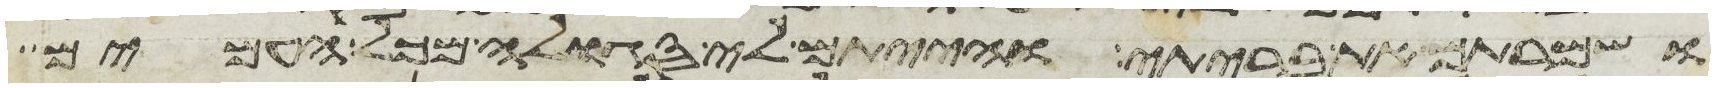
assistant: ושמרתם את בריתי והייתם לי סגלה מכל העמים